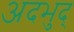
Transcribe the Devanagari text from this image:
अदभुद्